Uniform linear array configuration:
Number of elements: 16
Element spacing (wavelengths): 0.75
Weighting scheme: hann
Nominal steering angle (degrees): -45
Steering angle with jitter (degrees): -45.813
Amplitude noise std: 0.05
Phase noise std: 0.05

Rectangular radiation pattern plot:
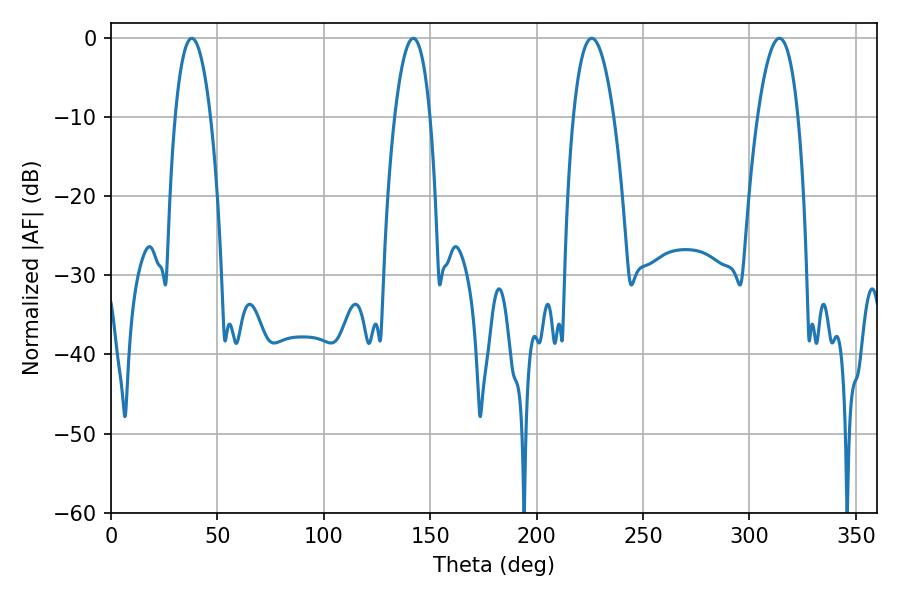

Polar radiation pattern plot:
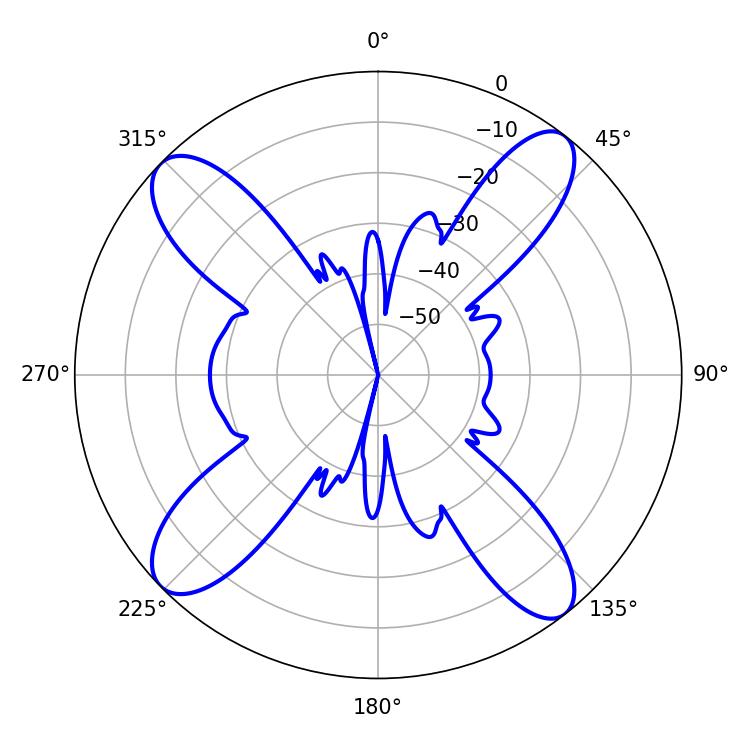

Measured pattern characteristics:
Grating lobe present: TRUE
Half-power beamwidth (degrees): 10.62
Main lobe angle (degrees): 225.9